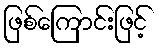
ဖြစ်ကြောင်းဖြင့်